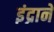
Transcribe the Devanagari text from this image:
इंद्राने